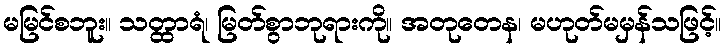
မမြင်စဘူး။ သတ္ထာရံ၊ မြတ်စွာဘုရားကို။ အတုတေန၊ မဟုတ်မမှန်သဖြင့်။